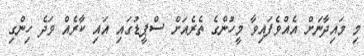
މި މައިދާނަށް އެއްވެފައިވާ މީހުންގެ ތެރެއަށް ސްޕީޑުގައި އައި ކާރެއް ވަދެ ހިންގި